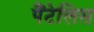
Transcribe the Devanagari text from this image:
पैंटेलिस